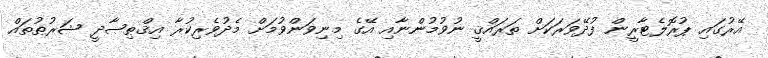
އޭރުގައި ޕުރޮލެޓާރީން ފުދޭވަރަކަށް ތަރައްޤީ ނުވުމުންނާއި އޭގެ މިނިވަންވުމަށް މެދުވެރިކުރާ އިޤްޠިޞާދީ ޝަރުޠުތައް